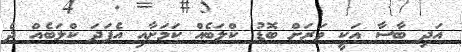
އަދި ބާސާ އަކީ ވަރަށް ބޮޑު ކްލަބެއް ކަމަށާއި އެފަދަ ކްލަބެއް ދެ